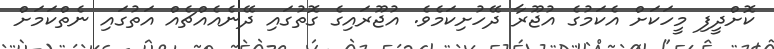
ކޮށްދީފި މީހަކަށް އެކަމުގެ އުޖޫރާ ދޭހުށިކަމެވެ. އުޖޫރައިގެ ގޮތުގައި ދޭނެއެއްޗެއް އަތުގައި ނެތްކަމަށް